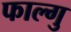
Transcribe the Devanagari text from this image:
फाल्गु